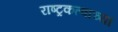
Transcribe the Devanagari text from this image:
राष्ट्रकत्वाच्या